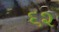
૬૨